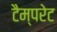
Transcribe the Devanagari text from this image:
टैम्परेट